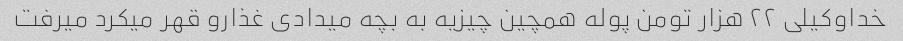
خداوکیلی ٢٢ هزار تومن پوله همچین چیزیه به بچه میدادی غذارو قهر میکرد میرفت